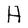
Character: H